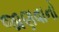
જાણવાનો